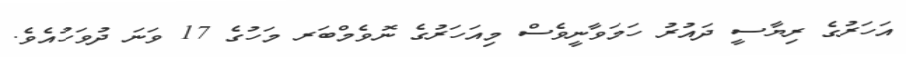
އަހަރުގެ ރިޔާސީ ދައުރު ހަމަވާނީވެސް މިއަހަރުގެ ނޮވެމްބަރ މަހުގެ 17 ވަނަ ދުވަހުއެވެ.